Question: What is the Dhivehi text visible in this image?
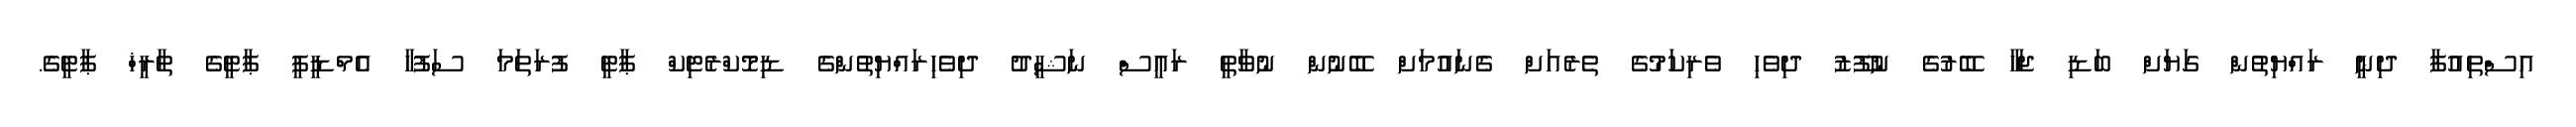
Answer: އިސްތިއުފާ ދިނީ ރައްޔިތުން ގަޔަށް ބަޑި ޖަހާ ބޭރުގެ ނުފޫޒު ދިވެހި ވެރިކަމުގެ ތެރެއަށް ގެނައުމަށް ބޭނުން ނުވާތީ ރައީސް ނަޝީދު ދިވެހިރައްޔިތުންގެ ޑިމޮކްރެޓިކް ޕާޓީ ފުރަތަމަ ސަފުހާ އެމްޑީޕީ ޕާޓީގެ ތާރީޚް ޕާޓީގެ.